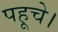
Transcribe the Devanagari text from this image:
पहूचे।